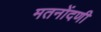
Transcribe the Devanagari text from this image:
मतनोंदणी